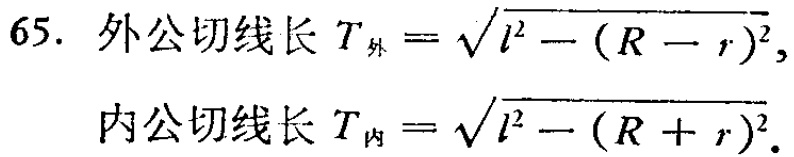
\[
\begin{align*}
&65.\ 外公切线长\ T_{外}=\sqrt{l^{2}-(R - r)^{2}},\\
&内公切线长\ T_{内}=\sqrt{l^{2}-(R + r)^{2}}.
\end{align*}
\]